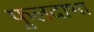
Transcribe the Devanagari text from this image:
फुलदाभा